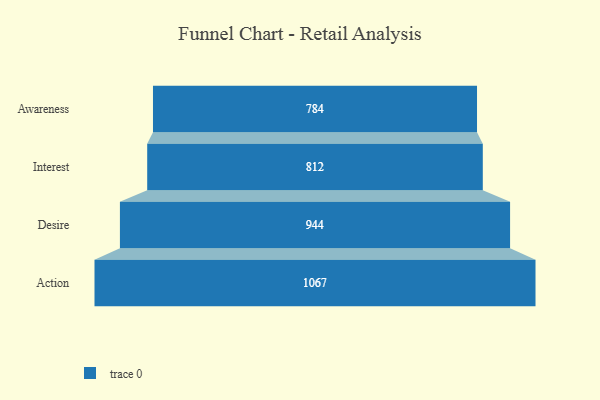
{"axis": {"x": "Stage", "y": "Value"}, "legend": [""], "data": [{"x": "Awareness", "y": 784.0, "type": ""}, {"x": "Interest", "y": 812.0, "type": ""}, {"x": "Desire", "y": 944.0, "type": ""}, {"x": "Action", "y": 1067.0, "type": ""}]}